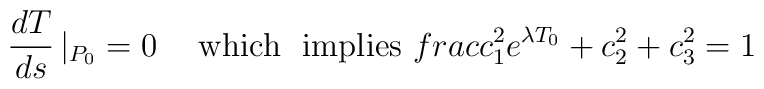
\frac{dT}{ds}\left|_{P_0}=0 \right.\ \ \ {\rm which\ \ implies}\ \ \\frac{c_1^2}{e^{\lambda T_0}}+c_2^2+c_3^2 = 1